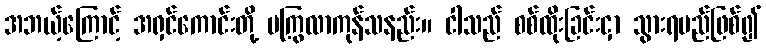
အဘယ့်ကြောင့် အရှင်ကောင်းတို့ မကြွလာကုန်သနည်း။ ငါသည် စစ်ထိုးခြင်းငှာ သွားရမည်ဖြစ်၍